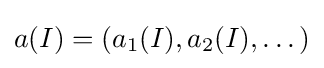
a(I)=(a_{1}(I),a_{2}(I),\dots )